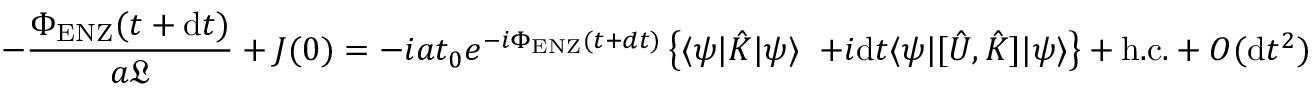
- \frac { \Phi _ { \mathrm { E N Z } } ( t + \mathrm { d } t ) } { a \mathfrak { L } } + J ( 0 ) = - i a t _ { 0 } e ^ { - i \Phi _ { \mathrm { E N Z } } ( t + d t ) } \left\{ \langle \psi | \hat { K } | \psi \rangle \right. \, \left. + i \mathrm { d } t \langle \psi | [ \hat { U } , \hat { K } ] | \psi \rangle \right\} + \mathrm { h . c . } + O ( \mathrm { d } t ^ { 2 } )